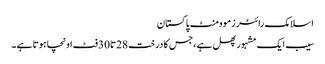
اسلامک رائٹرزموومنٹ پاکستان
سیب ایک مشہور پھل ہے ،جس کا درخت 28تا30فٹ اونچا ہوتا ہے ۔